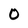
Character: 0